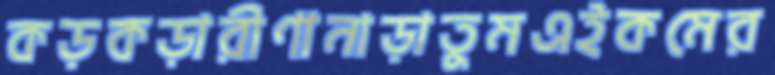
কড়কড়ারীণানাড়াতুমএইকমের